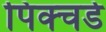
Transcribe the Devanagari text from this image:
पिक्चर्ड